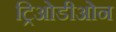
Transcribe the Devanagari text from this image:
ट्रिओडीओन